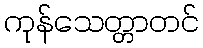
ကုန်သေတ္တာတင်